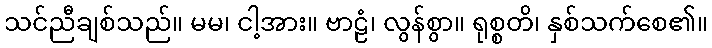
သင်ညီချစ်သည်။ မမ၊ ငါ့အား။ ဗာဠံ၊ လွန်စွာ။ ရုစ္စတိ၊ နှစ်သက်စေ၏။